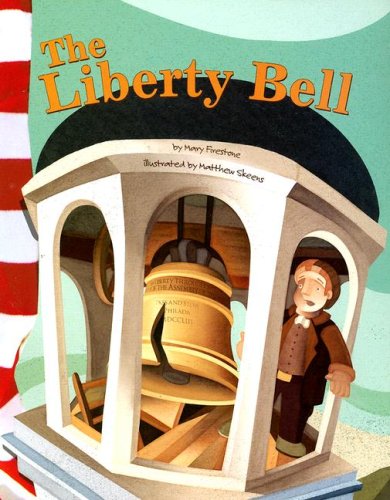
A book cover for The Liberty Bell (American Symbols); Mary Firestone; Children's Books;